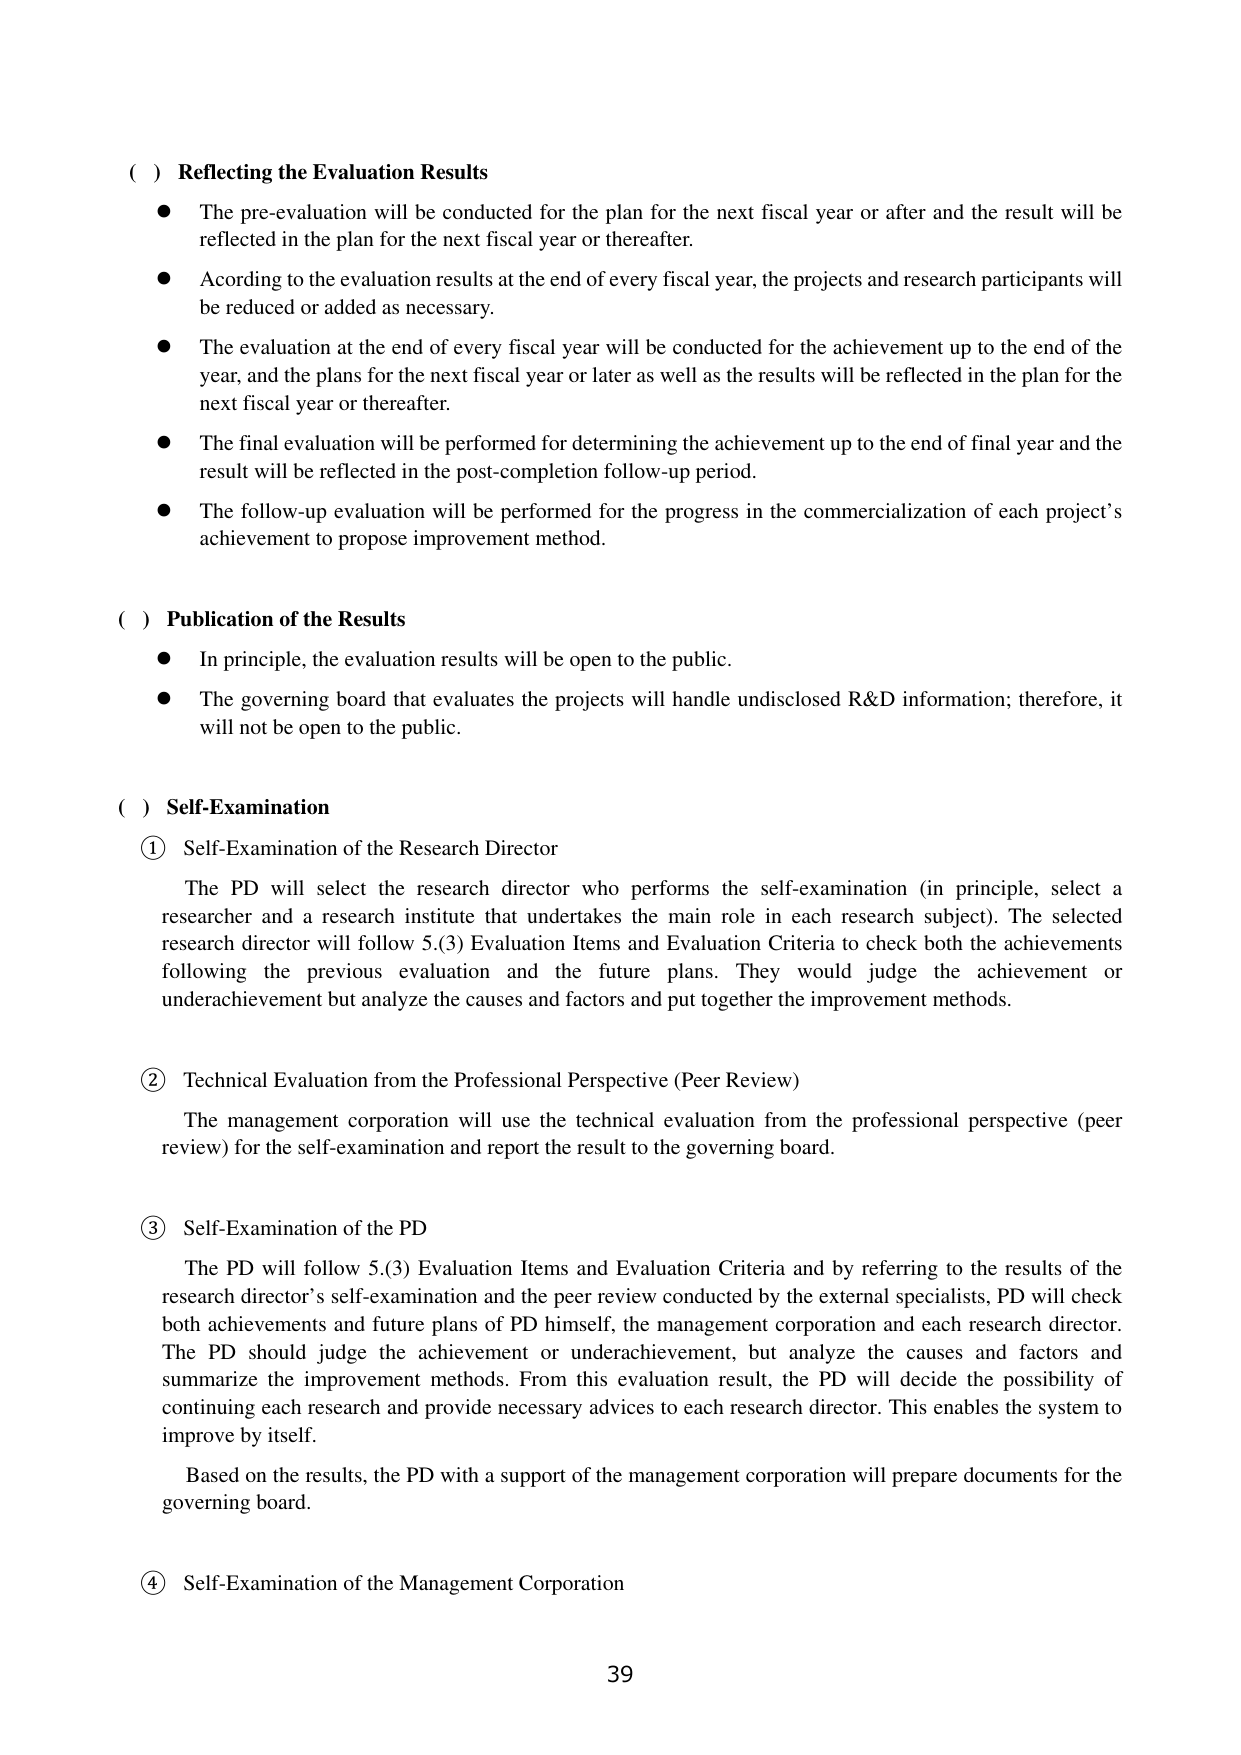
( ) Reflecting the Evaluation Results
● The pre-evaluation will be conducted for the plan for the next fiscal year or after and the result will be reflected in the plan for the next fiscal year or thereafter.
● According to the evaluation results at the end of every fiscal year, the projects and research participants will be reduced or added as necessary.
● The evaluation at the end of every fiscal year will be conducted for the achievement up to the end of the year, and the plans for the next fiscal year or later as well as the results will be reflected in the plan for the next fiscal year or thereafter.
● The final evaluation will be performed for determining the achievement up to the end of final year and the result will be reflected in the post-completion follow-up period.
● The follow-up evaluation will be performed for the progress in the commercialization of each project’s achievement to propose improvement method.

( ) Publication of the Results
● In principle, the evaluation results will be open to the public.
● The governing board that evaluates the projects will handle undisclosed R&D information; therefore, it will not be open to the public.

( ) Self-Examination
① Self-Examination of the Research Director
The PD will select the research director who performs the self-examination (in principle, select a researcher and a research institute that undertakes the main role in each research subject). The selected research director will follow 5.(3) Evaluation Items and Evaluation Criteria to check both the achievements following the previous evaluation and the future plans. They would judge the achievement or underachievement but analyze the causes and factors and put together the improvement methods.

② Technical Evaluation from the Professional Perspective (Peer Review)
The management corporation will use the technical evaluation from the professional perspective (peer review) for the self-examination and report the result to the governing board.

③ Self-Examination of the PD
The PD will follow 5.(3) Evaluation Items and Evaluation Criteria and by referring to the results of the research director’s self-examination and the peer review conducted by the external specialists, PD will check both achievements and future plans of PD himself, the management corporation and each research director. The PD should judge the achievement or underachievement, but analyze the causes and factors and summarize the improvement methods. From this evaluation result, the PD will decide the possibility of continuing each research and provide necessary advices to each research director. This enables the system to improve by itself.
Based on the results, the PD with a support of the management corporation will prepare documents for the governing board.

④ Self-Examination of the Management Corporation

39